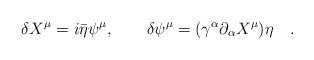
\begin{align*}\delta X^{\mu}=i\bar{\eta} \psi ^{\mu},\quad \quad\delta \psi^{\mu}=(\gamma ^{\alpha}\partial_{\alpha}X^{\mu})\eta\quad .\end{align*}